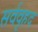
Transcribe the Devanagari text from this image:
सर्ववृहद